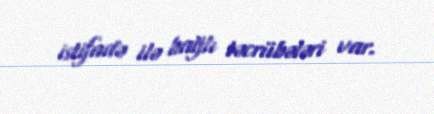
istifadə ilə bağlı təcrübələri var.